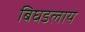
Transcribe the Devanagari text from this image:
बिघडलाय